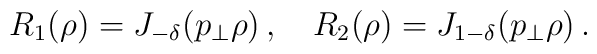
R_1(\rho) = J_{-\delta}(p_\perp \rho)\,, \quad R_2(\rho) = J_{1-\delta}(p_\perp \rho)\,.